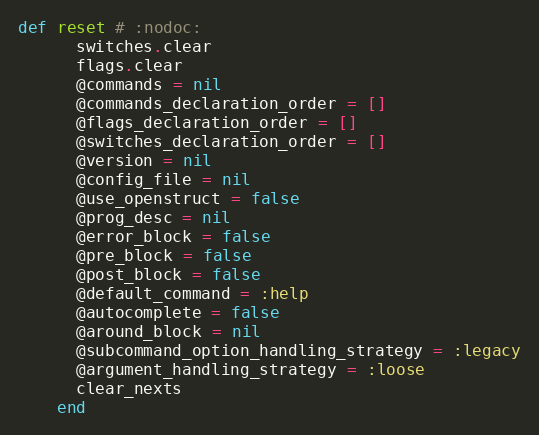
Language: Ruby
def reset # :nodoc:
      switches.clear
      flags.clear
      @commands = nil
      @commands_declaration_order = []
      @flags_declaration_order = []
      @switches_declaration_order = []
      @version = nil
      @config_file = nil
      @use_openstruct = false
      @prog_desc = nil
      @error_block = false
      @pre_block = false
      @post_block = false
      @default_command = :help
      @autocomplete = false
      @around_block = nil
      @subcommand_option_handling_strategy = :legacy
      @argument_handling_strategy = :loose
      clear_nexts
    end